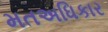
મતઅધિકાર